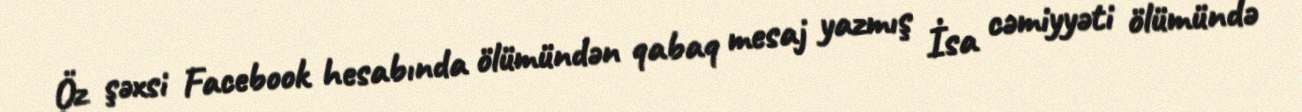
Öz şəxsi Facebook hesabında ölümündən qabaq mesaj yazmış İsa cəmiyyəti ölümündə